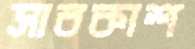
সাবকাশ